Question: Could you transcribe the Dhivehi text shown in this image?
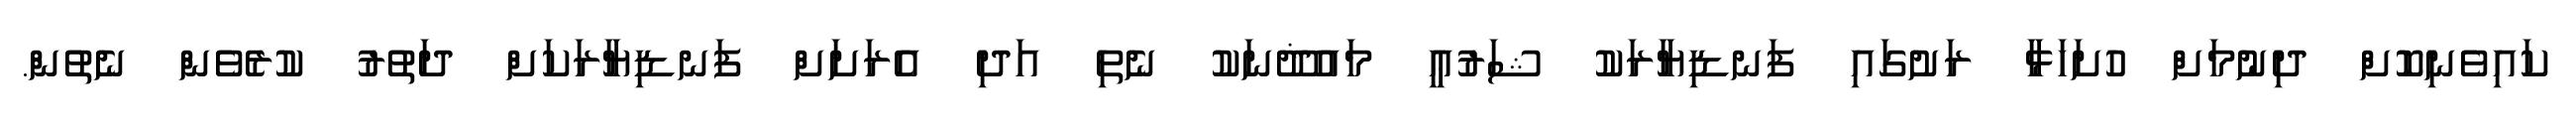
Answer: ކައިވެނިކޮށް ދިނުމަށް ހުށަހަޅާ ރަށުގައި ފަނޑިޔާރަކު ޝަރުޢީ މައުޛޫނަކު ނެތި އަދި އެރަށަށް ފަނޑިޔާރަކަށް ދަތުރު ކުރެވެން ނެތުން.